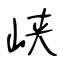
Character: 峡